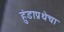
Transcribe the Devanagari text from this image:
हुंडाप्रथेचा